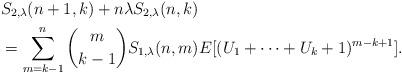
LaTeX: \begin{align*} &S_{2,\lambda }(n+1,k) + n\lambda S_{2,\lambda }(n,k) \\ &= \sum_{m=k-1}^n {m \choose k-1}S_{1,\lambda }(n,m) E[(U_1+\cdots+U_k+1)^{m-k+1} ] .\end{align*}